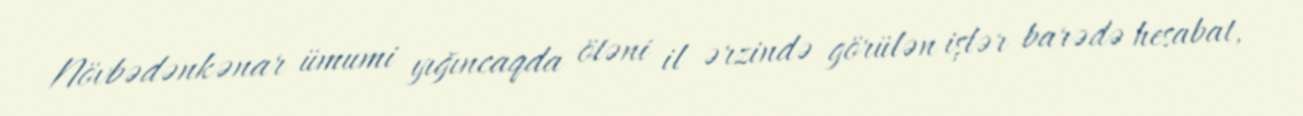
Növbədənkənar ümumi yığıncaqda ötəni il ərzində görülən işlər barədə hesabat,